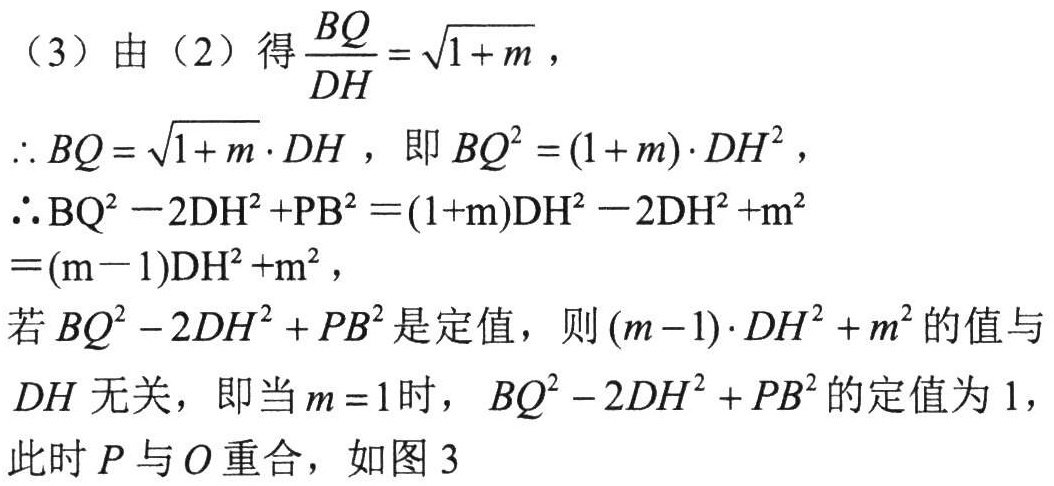
（3）由（2）得$\frac{BQ}{DH}=\sqrt{1 + m}$，
$\therefore BQ=\sqrt{1 + m}\cdot DH$，即$BQ^{2}=(1 + m)\cdot DH^{2}$，
$\therefore \text{BQ}^{2}-2\text{DH}^{2}+\text{PB}^{2}=(1+\text{m})\text{DH}^{2}-2\text{DH}^{2}+\text{m}^{2}$
$=(\text{m}-1)\text{DH}^{2}+\text{m}^{2}$，
若$BQ^{2}-2DH^{2}+PB^{2}$是定值，则$(m - 1)\cdot DH^{2}+m^{2}$的值与
$DH$无关，即当$m = 1$时，$BQ^{2}-2DH^{2}+PB^{2}$的定值为$1$，
此时$P$与$O$重合，如图3